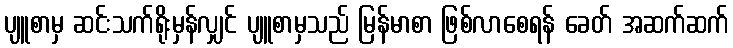
ပျူစာမှ ဆင်းသက်ရိုးမှန်လျှင် ပျူစာမှသည် မြန်မာစာ ဖြစ်လာစေရန် ခေတ် အဆက်ဆက်